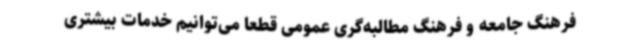
فرهنگ جامعه و فرهنگ مطالبه‌گری عمومی قطعاً می‌توانیم خدمات بیشتری